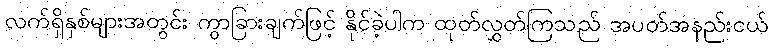
လက်ရှိနှစ်များအတွင်း ကွာခြားချက်ဖြင့် နိုင်ခဲ့ပါက ထုတ်လွှတ်ကြသည် အပတ်အနည်းငယ်